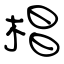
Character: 椙